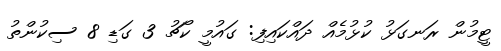
ޓީމުން ރަނގަޅު ކުޅުމެއް ދައްކައިފި: ގައުމީ ކޯޗު 3 ގަޑި 8 ސިކުންތު